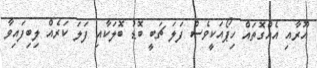
އޫރާއި އެއްގޮތައް ހިޕޯއަކީވެސް ފަލަ ޗަބީ ބޮޑު ބޮލަކާއި ފަލަ ކަރެއް ލިބިފައިވާ